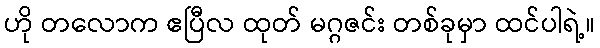
ဟို တလောက ဧပြီလ ထုတ် မဂ္ဂဇင်း တစ်ခုမှာ ထင်ပါရဲ့။